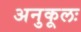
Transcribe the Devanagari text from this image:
अनुकूलः